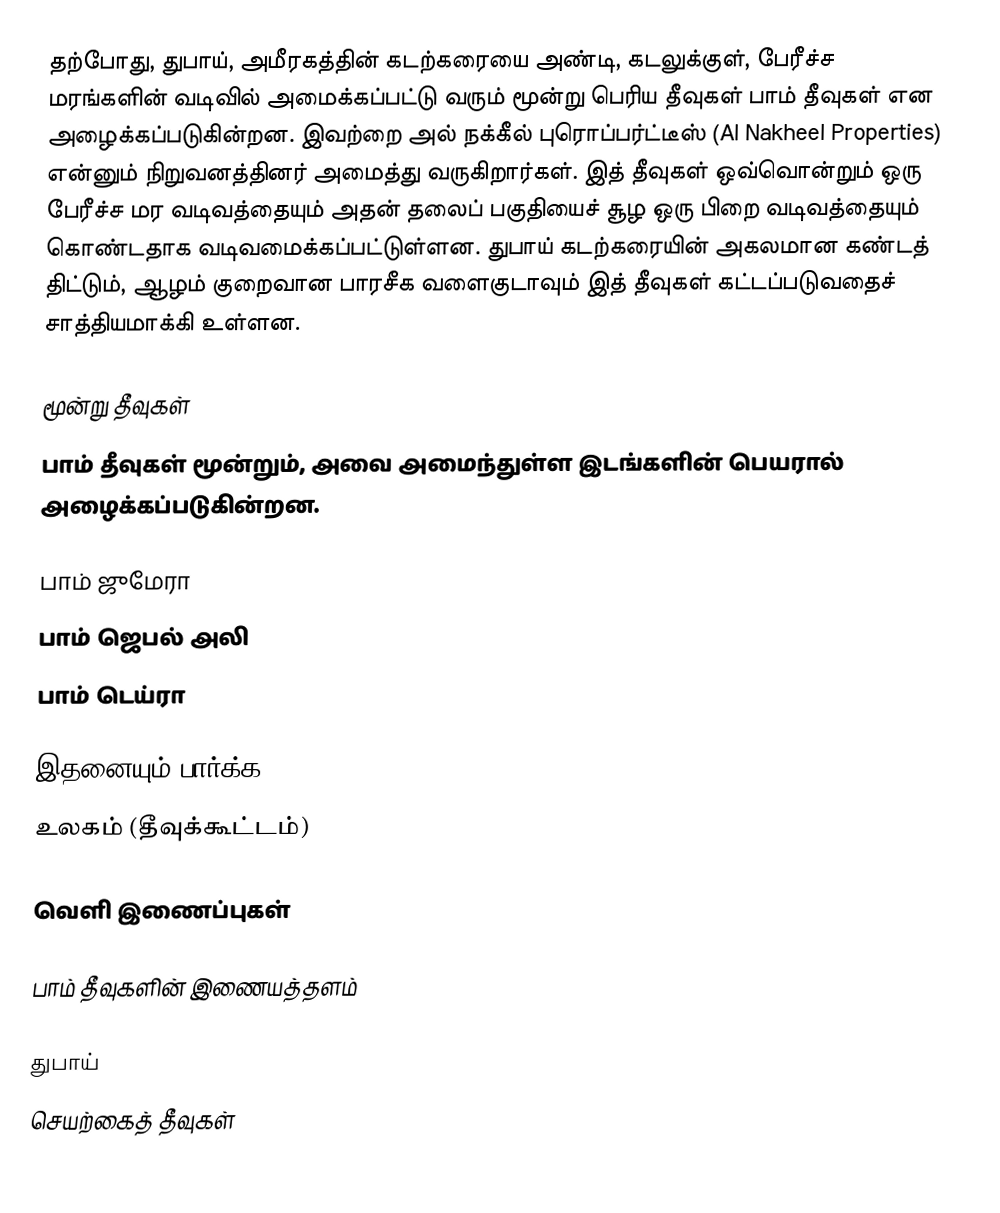
தற்போது, துபாய், அமீரகத்தின் கடற்கரையை அண்டி, கடலுக்குள், பேரீச்ச மரங்களின் வடிவில் அமைக்கப்பட்டு வரும் மூன்று பெரிய தீவுகள் பாம் தீவுகள் என அழைக்கப்படுகின்றன. இவற்றை அல் நக்கீல் புரொப்பர்ட்டீஸ் (Al Nakheel Properties) என்னும் நிறுவனத்தினர் அமைத்து வருகிறார்கள். இத் தீவுகள் ஒவ்வொன்றும் ஒரு பேரீச்ச மர வடிவத்தையும் அதன் தலைப் பகுதியைச் சூழ ஒரு பிறை வடிவத்தையும் கொண்டதாக வடிவமைக்கப்பட்டுள்ளன. துபாய் கடற்கரையின் அகலமான கண்டத் திட்டும், ஆழம் குறைவான பாரசீக வளைகுடாவும் இத் தீவுகள் கட்டப்படுவதைச் சாத்தியமாக்கி உள்ளன.

மூன்று தீவுகள்
பாம் தீவுகள் மூன்றும், அவை அமைந்துள்ள இடங்களின் பெயரால் அழைக்கப்படுகின்றன.

 பாம் ஜுமேரா
 பாம் ஜெபல் அலி
 பாம் டெய்ரா

இதனையும் பார்க்க
 உலகம் (தீவுக்கூட்டம்)

வெளி இணைப்புகள்

பாம் தீவுகளின் இணையத்தளம்

துபாய்
செயற்கைத் தீவுகள்